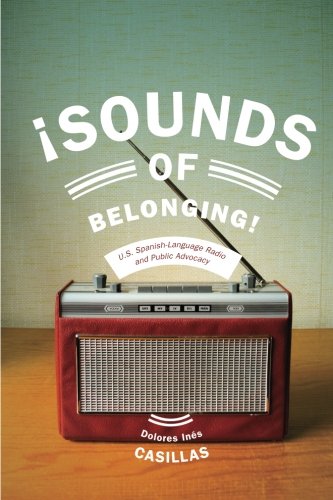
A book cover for Sounds of Belonging: U.S. Spanish-language Radio and Public Advocacy (Critical Cultural Communication); Dolores Ines Casillas; Law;